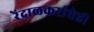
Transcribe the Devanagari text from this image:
रेंदाळकरांचेही